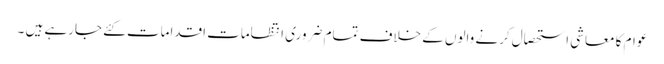
عوام کا معاشی استحصال کرنے والوں کے خلاف تمام ضروری انتظامات اقدامات کئے جارہے ہیں ۔